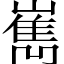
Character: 嶲